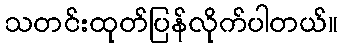
သတင်းထုတ်ပြန်လိုက်ပါတယ်။